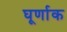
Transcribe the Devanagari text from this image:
घूर्णाक